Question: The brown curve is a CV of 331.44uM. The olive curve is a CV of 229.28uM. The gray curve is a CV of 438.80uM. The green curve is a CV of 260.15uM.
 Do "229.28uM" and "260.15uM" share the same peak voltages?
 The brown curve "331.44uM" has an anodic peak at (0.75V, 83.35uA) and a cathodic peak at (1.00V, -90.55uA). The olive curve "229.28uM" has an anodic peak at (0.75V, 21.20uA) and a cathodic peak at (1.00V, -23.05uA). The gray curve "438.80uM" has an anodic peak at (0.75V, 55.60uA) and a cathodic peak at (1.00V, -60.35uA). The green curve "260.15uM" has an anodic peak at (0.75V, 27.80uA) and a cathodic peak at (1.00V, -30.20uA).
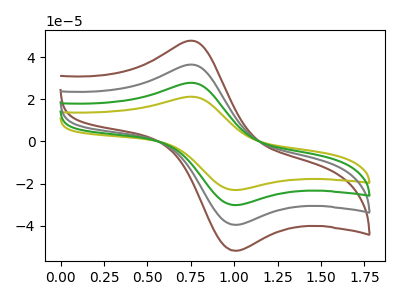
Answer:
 <answer>Yes, "229.28uM" have a peak in "260.15uM" at the same potential.</answer>
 <eval>match</eval>